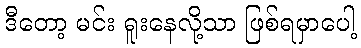
ဒီတော့ မင်း ရူးနေလို့သာ ဖြစ်ရမှာပေါ့